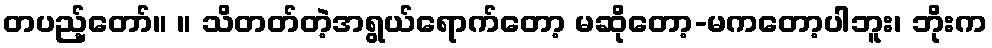
တပည့်တော်။ ။ သိတတ်တဲ့အရွယ်ရောက်တော့ မဆိုတော့-မကတော့ပါဘူး၊ ဘိုးက